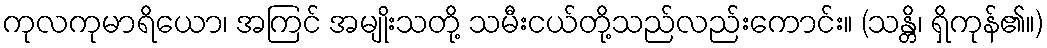
ကုလကုမာရိယော၊ အကြင် အမျိုးသတို့ သမီးငယ်တို့သည်လည်းကောင်း။ (သန္တိ၊ ရှိကုန်၏။)